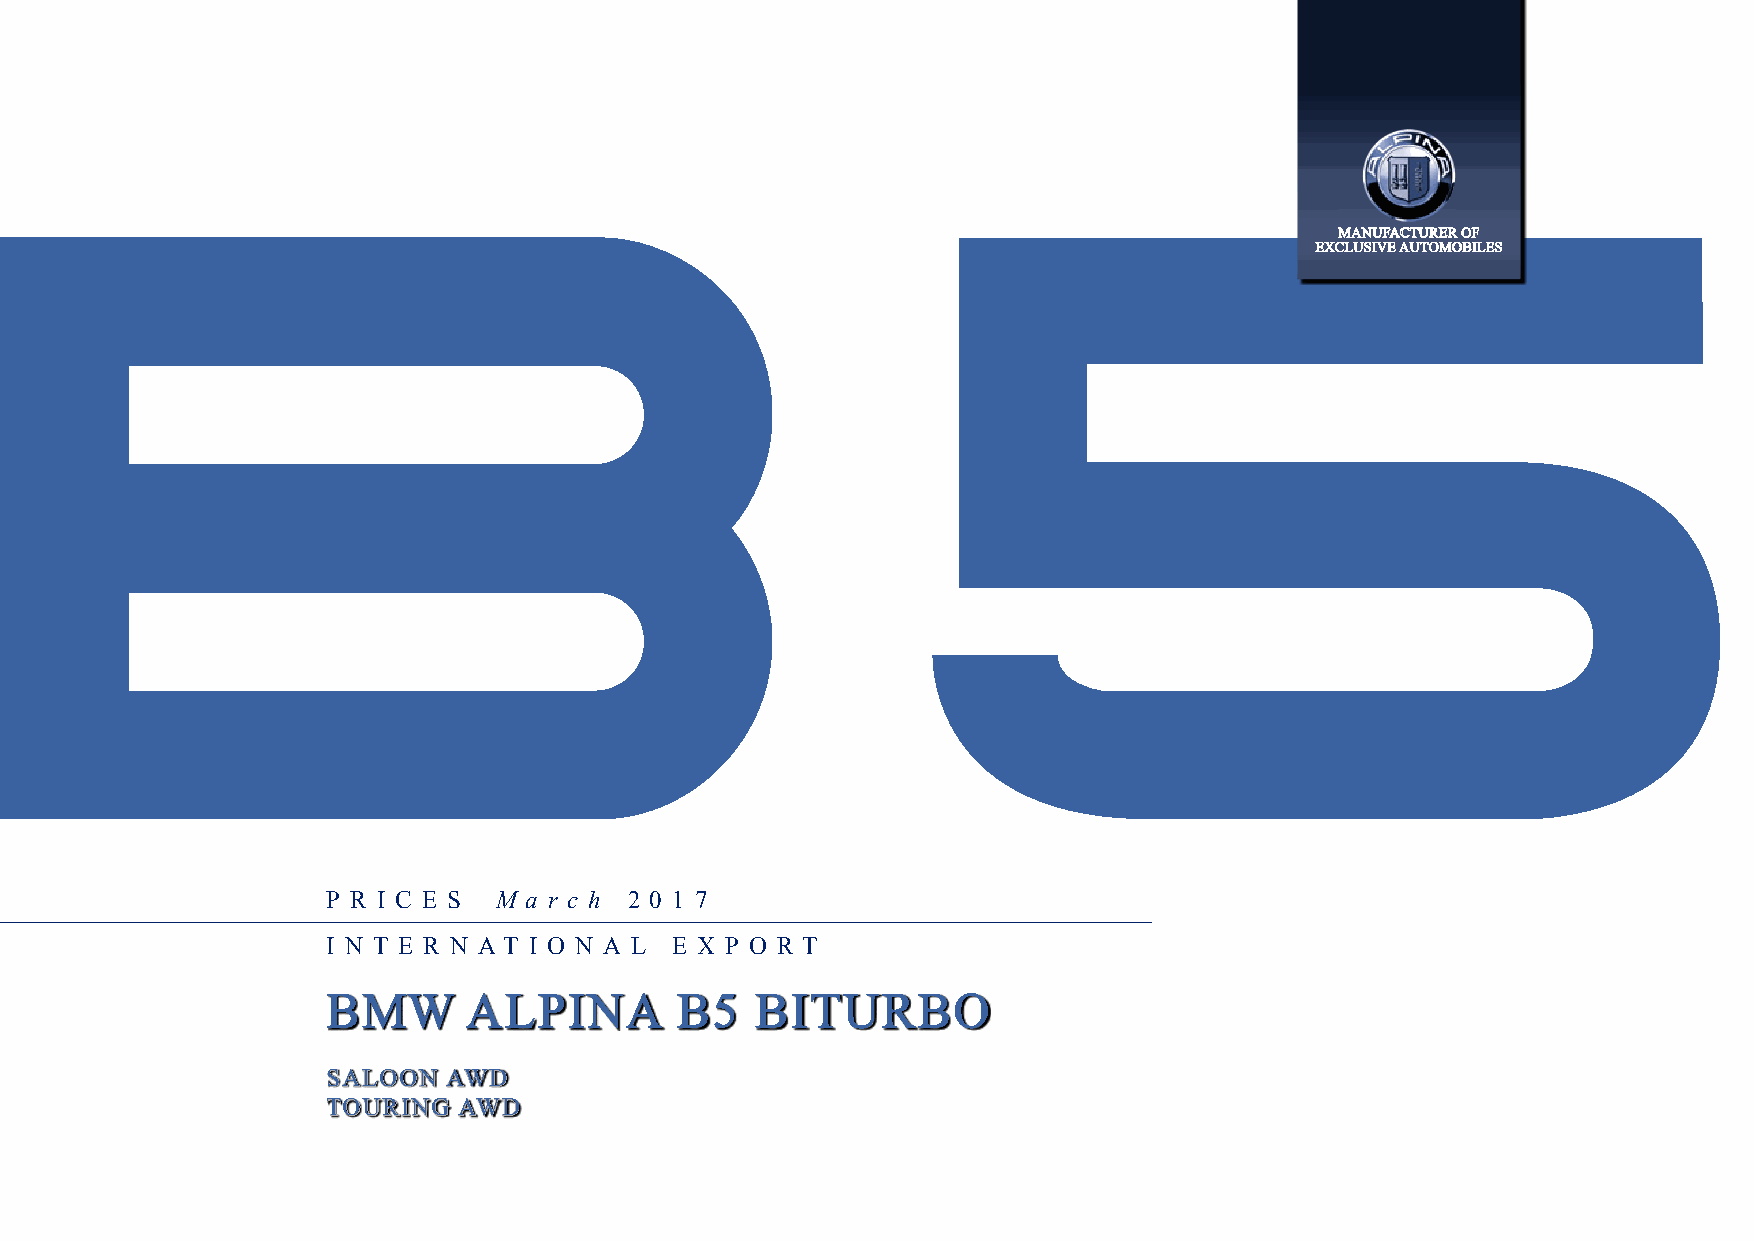
MANUFACTURER OF
 EXCLUSIVE AUTOMOBILES
 P R I C E S M a r c h 2 0 1 7
 I N T E R N A T I O N A L E X P O R T
 BMW      ALPINA        B5   BITURBO
 SALOON  AWD
 TOURING AWD